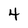
Character: 4